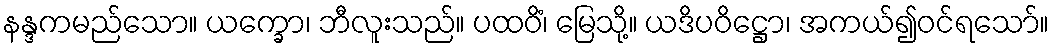
နန္ဒကမည်သော။ ယက္ခော၊ ဘီလူးသည်။ ပထဝိံ၊ မြေသို့။ ယဒိပဝိဋ္ဌော၊ အကယ်၍ဝင်ရသော်။